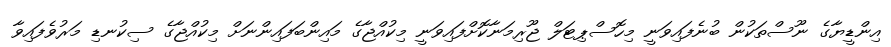
އިންޑީޔާގެ ނޫސްތަކުން ބުނެފައިވަނީ މިހޮސްޕިޓަލް ޖޫރިމަނާކޮށްފައިވަނީ މިކުއްޖާގެ މައިންބަފައިންނަށް މިކުއްޖާގެ ސިކުނޑި މަރުވެފައިވާ